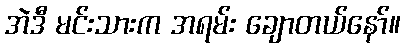
အဲဒီ မင်းသားက အရမ်း ချောတယ်နော်။